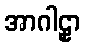
အာဂါဠှာ